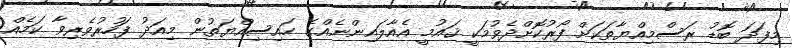
މިފަދަ ބޮޑު ރަސްމިއްޔާތަކަށް ފޯރުކޮށްދެވުމަކީ ޤައުމީ އެއާލައިންނެއްގެ ހައިސިއްޔަތުން މިއަދު ފަހުރުވެރިވާ ކަމެއް